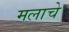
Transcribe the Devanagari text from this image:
मलाचे